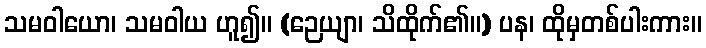
သမဝါယော၊ သမဝါယ ဟူ၍။ (ဉေယျာ၊ သိထိုက်၏။) ပန၊ ထိုမှတစ်ပါးကား။